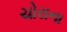
ચોરાના